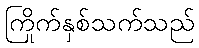
ကြိုက်နှစ်သက်သည်